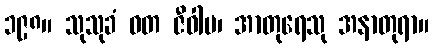
၁၉၈။ သုသုခံ ဝတ ဇီဝါမ၊ အာတုရေသု အနာတုရာ။